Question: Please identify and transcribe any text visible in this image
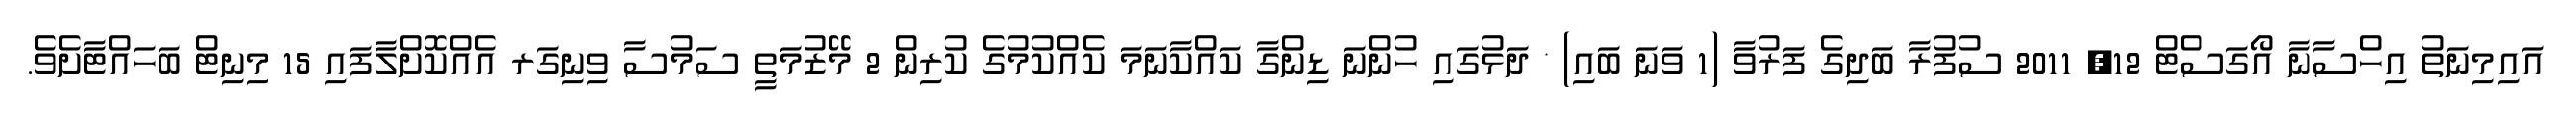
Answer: އައިމިނަތު އިހްސާނާ އޯގަސްޓް 12, 2011 ސުފުރާ ބަދިގެ ފަރުވާ (1 ވަނަ ބައި) * ދަޅުގައި ހުންނަ ޑިންގާ ކައްކާނަމަ ކެއްކުމުގެ ކުރިން 2 މޭޒުމަތީ ސަމުސާ ވިނިގަރ އެއްކޮށްލާފައި 15 މިނިޓް ބަހައްޓާށެވެ.